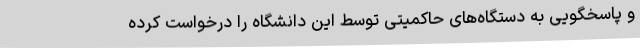
و پاسخگویی به دستگاه‌های حاکمیتی توسط این دانشگاه را درخواست کرده